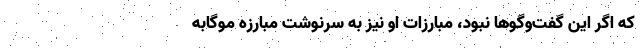
كه اگر اين گفت‌وگوها نبود، مبارزات او نيز به سرنوشت مبارزه موگابه